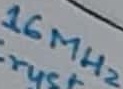
Text: 16MHz